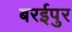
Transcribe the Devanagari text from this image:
बरईपुर